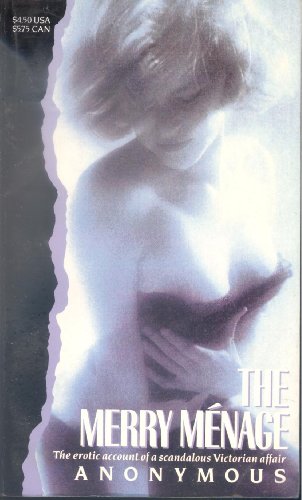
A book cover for The Merry Menage (Victorian erotic classics); Anonymous; Romance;